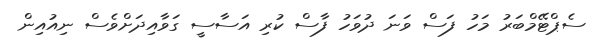
ސެޕްޓޭމްބަރު މަހު ފަސް ވަނަ ދުވަހު ފާސް ކުރި އަސާސީ ގަވާއިދަށްވެސް ނިއުއިން